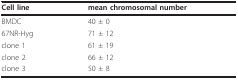
<table><thead><tr><td><b>Cell line</b></td><td><b>mean chromosomal number</b></td></tr></thead><tbody><tr><td>BMDC</td><td>40 ± 0</td></tr><tr><td>67NR-Hyg</td><td>71 ± 12</td></tr><tr><td>clone 1</td><td>61 ± 19</td></tr><tr><td>clone 2</td><td>66 ± 12</td></tr><tr><td>clone 3</td><td>50 ± 8</td></tr></tbody></table>